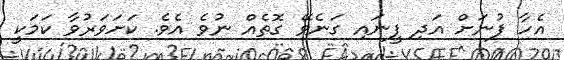
އެހާ ފުނަށް އަދި ފީނައި ގަނެވޭ ގޮތެއް ނުވެ އެވެ. ކަށަވަރުވާ ކަމަކީ